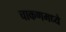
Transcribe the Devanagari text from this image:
चाकणमध्ये